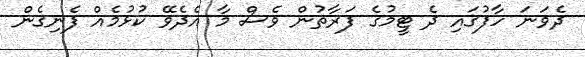
ދެވަނަ ހާފުގައި ދެ ޓީމުގެ ފަރާތުން ވެސް މާ އެދެވޭ ކުޅުމެއް ފެނިގެން